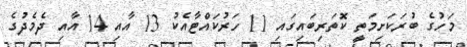
މަހުގެ ބުރަކަށިމަތީ ކޮތަރިބައިގައި 11 ހަރުކައްޓާއެކު 13 އާއި 14 އާއި ދެމެދުގެ